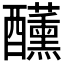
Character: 𮡍